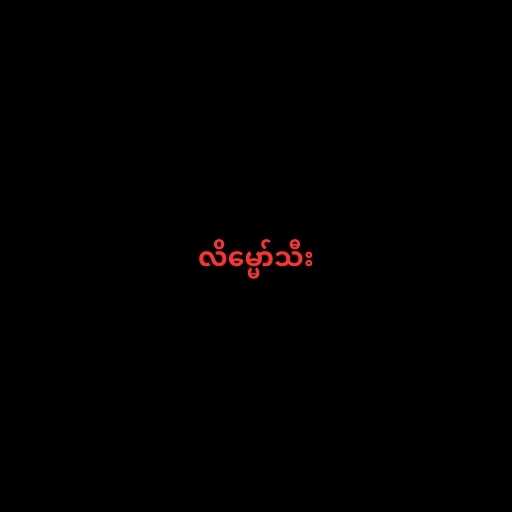
လိမ္မော်သီး